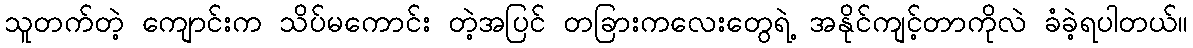
သူတက်တဲ့ ကျောင်းက သိပ်မကောင်း တဲ့အပြင် တခြားကလေးတွေရဲ့ အနိုင်ကျင့်တာကိုလဲ ခံခဲ့ရပါတယ်။